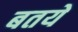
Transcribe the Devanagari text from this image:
बतये